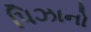
પિઝાનો